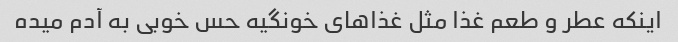
اینکه عطر و طعم غذا مثل غذاهای خونگیه حس خوبی به آدم میده